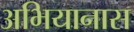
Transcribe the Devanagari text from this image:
अभियानास